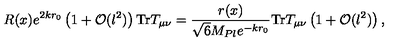
R ( x ) e ^ { 2 k r _ { 0 } } \left( 1 + { \cal O } ( l ^ { 2 } ) \right) \mathrm { T r } T _ { \mu \nu } = \frac { r ( x ) } { \sqrt { 6 } M _ { P l } e ^ { - k r _ { 0 } } } \mathrm { T r } T _ { \mu \nu } \left( 1 + { \cal O } ( l ^ { 2 } ) \right) ,